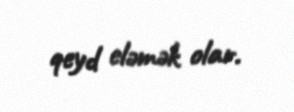
qeyd eləmək olar.